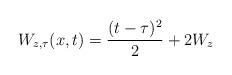
LaTeX: \begin{align*}W_{z,\tau}(x,t)=\frac{(t-\tau)^2}{2}+2W_z\end{align*}